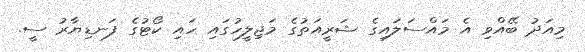
މިއަދު ބޭއްވި އެ މައްސަލައިގެ ޝަރީއަތުގެ މަޖިލީހުގައި ހައި ކޯޓުގެ ފަނޑިޔާރު ސީ.